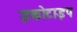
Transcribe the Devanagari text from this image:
इकोटाइप